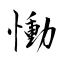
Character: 慟